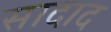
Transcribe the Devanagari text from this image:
सादाद